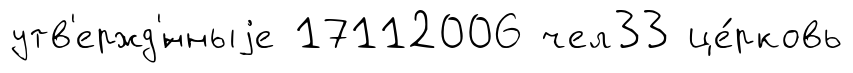
утв'ержд'́нныjе 17112006 чел33 це́рковь